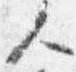
人